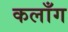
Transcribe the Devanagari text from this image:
कलाँग